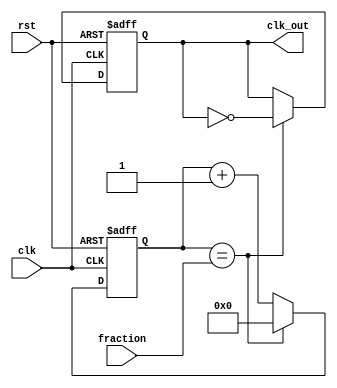
module fractional_clock_divider (
    input wire clk,
    input wire rst,
    input wire [7:0] fraction,
    output reg clk_out
);

reg [7:0] counter = 8'd0;

always @(posedge clk or posedge rst) begin
    if (rst) begin
        clk_out <= 1'b0;
        counter <= 8'd0;
    end else begin
        if (counter == fraction) begin
            counter <= 8'd0;
            clk_out <= ~clk_out;
        end else begin
            counter <= counter + 1;
        end
    end
end

endmodule